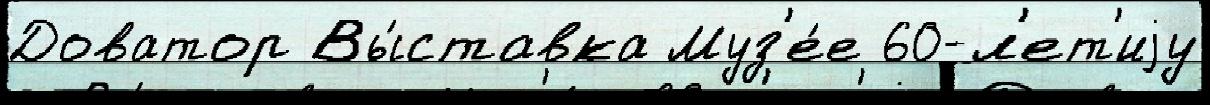
Доватор Вы́ставка Муз'е́е 60-л'ет'иjу